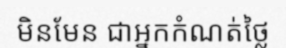
មិនមែន ជាអ្នកកំណត់ថ្លៃ